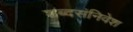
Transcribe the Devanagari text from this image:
शब्दसंनिवेश